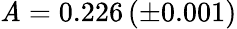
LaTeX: \mathit{A}=0.226\, (\pm0.001)